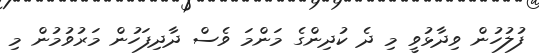
ފުލުހުން ވިދާޅުވީ މި ދެ ކުދިންގެ މަންމަ ވެސް ދާދިފަހުން މަރުވުމުން މި